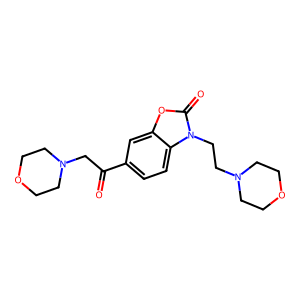
SMILES: O=C(CN1CCOCC1)c1ccc2c(c1)oc(=O)n2CCN1CCOCC1
Inhibits HIV replication: No